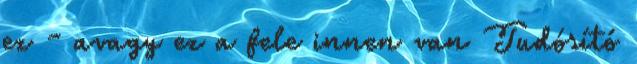
ez - avagy ez a fele innen van Tudósító